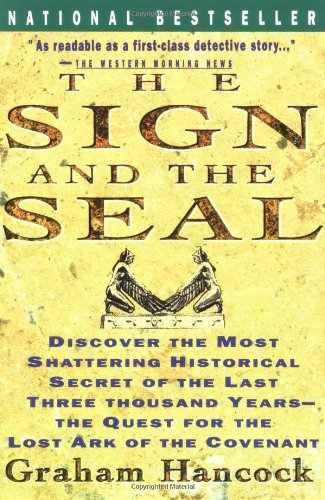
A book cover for Sign and the Seal: The Quest for the Lost Ark of the Covenant; Graham Hancock; Science & Math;